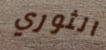
الثوري